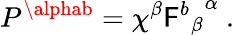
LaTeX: P^{\alphab}=\chi^{\beta}{{\mathsf{F}^{b}}_{\beta}}^{\alpha}\ .